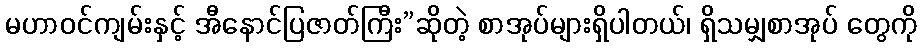
မဟာဝင်ကျမ်းနှင့် အီနောင်ပြဇာတ်ကြီး”ဆိုတဲ့ စာအုပ်များရှိပါတယ်၊ ရှိသမျှစာအုပ် တွေကို